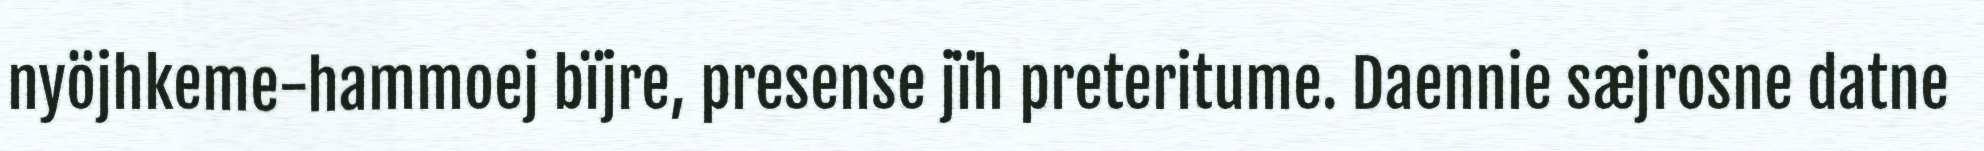
nyöjhkeme-hammoej bïjre, presense jïh preteritume. Daennie sæjrosne datne